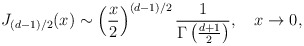
\begin{align*}J_{(d-1)/2}(x)\sim\left({x\over2}\right)^{(d-1)/2}{1\over\Gamma\left({d+1\over2}\right)},\quad x\to0,\end{align*}